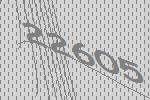
22605